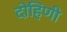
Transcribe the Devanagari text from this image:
दोहिणी